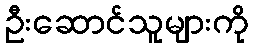
ဦးဆောင်သူများကို